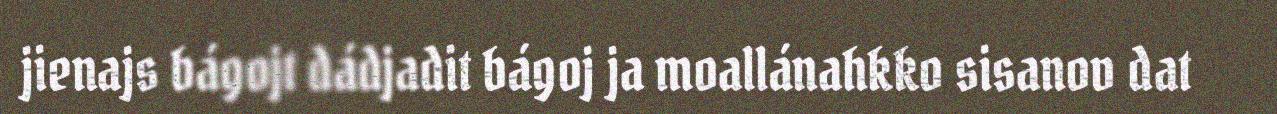
jienajs bágojt dádjadit bágoj ja moallánahkko sisanov dat